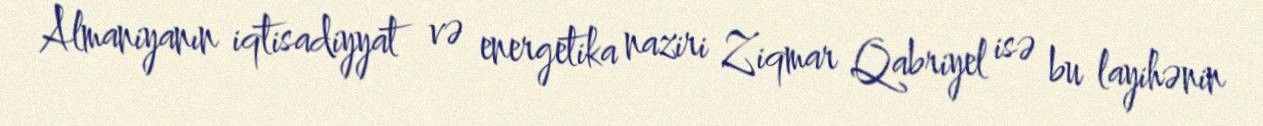
Almaniyanın iqtisadiyyat və energetika naziri Ziqmar Qabriyel isə bu layihənin